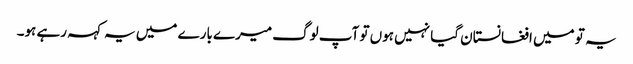
یہ تو میں افغانستان گیا نہیں ہوں تو آپ لوگ میرے بارے میں یہ کہہ رہے ہو۔